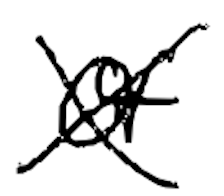
Text: of
Cross-out: cross
Writing tool: digital_black